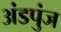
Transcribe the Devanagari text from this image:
अंडपुंज